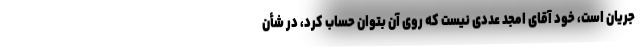
جریان است، خود آقای امجد عددی نیست که روی آن بتوان حساب کرد، در شأن